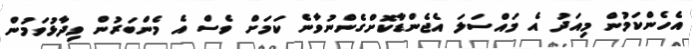
އެހެންކަމުން މިއަދު އެ މައްސަލަ އެޖެންޑާކޮށްގެންނުވާނެ ކަމަށް ވެސް އެ މެންބަރުން ވިދާޅުވަމުން